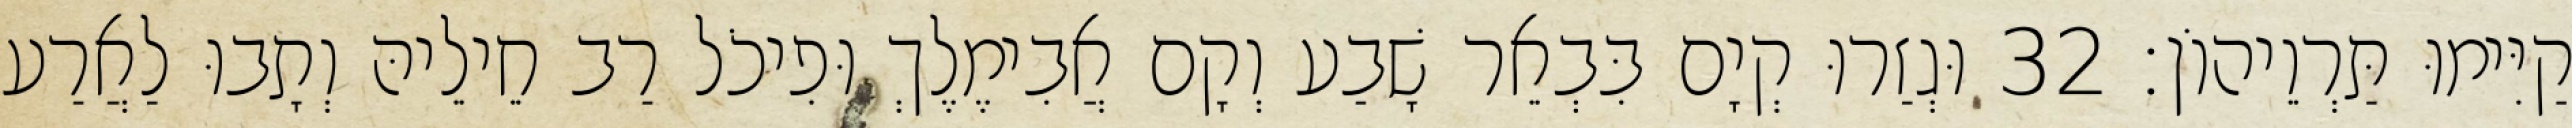
קַיִּימוּ תַּרְוֵיהוֹן׃ 32 וּגְזַרוּ קְיָם בִּבְאֵר שָׁבַע וְקָם אֲבִימֶלֶךְ וּפִיכֹל רַב חֵילֵיהּ וְתָבוּ לַאֲרַע